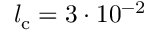
l _ { \mathrm { c } } = 3 \cdot 1 0 ^ { - 2 }